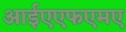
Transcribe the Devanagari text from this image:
आईएएफएमए